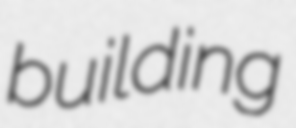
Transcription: building